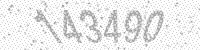
Solution: 143490